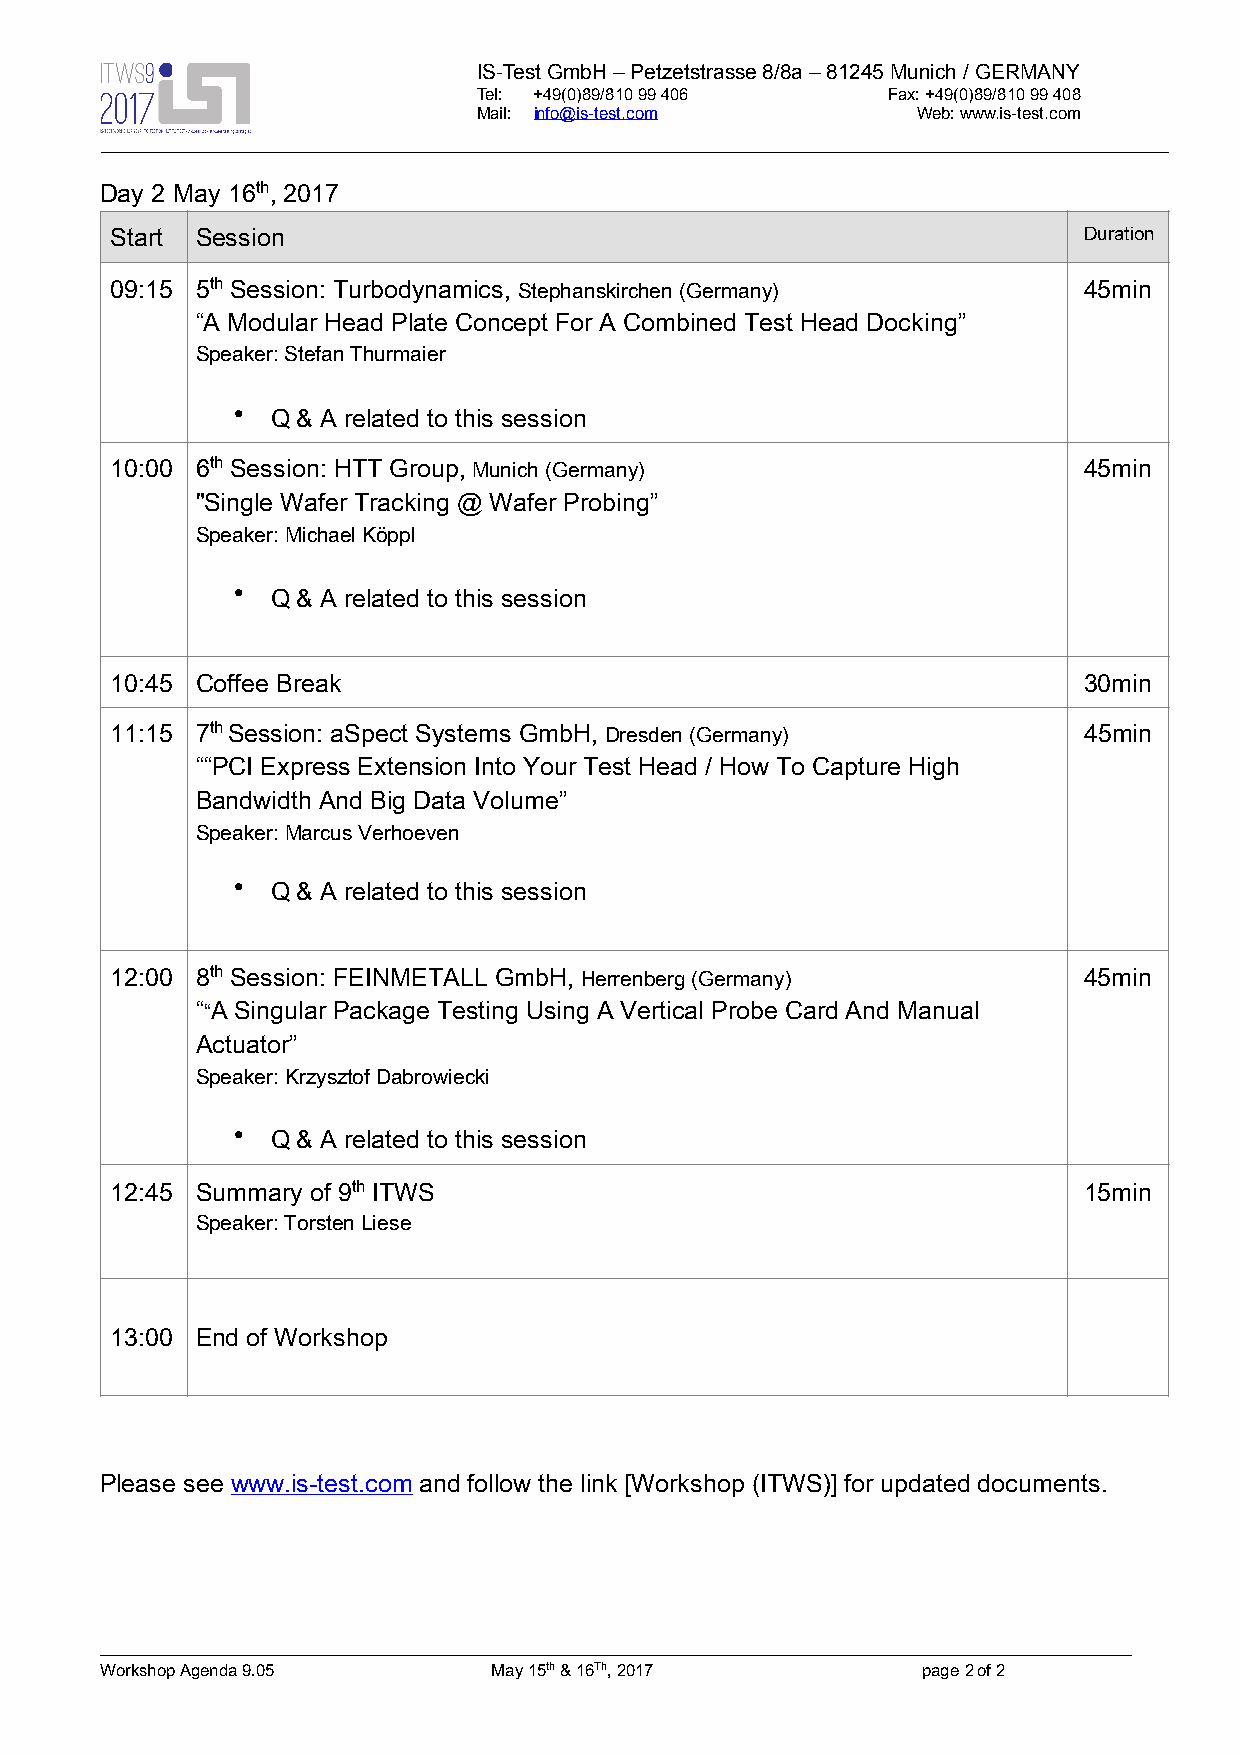
IS-Test GmbH – Petzetstrasse 8/8a – 81245 Munich / GERMANY
 Tel: +49(0)89/810 99 406   Fax: +49(0)89/810 99 408
 Mail: info@is-test.com       Web: www.is-test.com
 !
 Day 2 May 16th, 2017
 Start Session                                                    Duration
 09:15 5th Session: Turbodynamics, Stephanskirchen (Germany)      45min
 “A Modular Head Plate Concept For A Combined Test Head Docking”
 Speaker: Stefan Thurmaier
 •  Q & A related to this session
 10:00 6th Session: HTT Group, Munich (Germany)                   45min
 "Single Wafer Tracking @ Wafer Probing”
 Speaker: Michael Köppl
 •  Q & A related to this session
 10:45 Coffee Break                                               30min
 11:15 7th Session: aSpect Systems GmbH, Dresden (Germany)        45min
 ““PCI Express Extension Into Your Test Head / How To Capture High
 Bandwidth And Big Data Volume”
 Speaker: Marcus Verhoeven
 •  Q & A related to this session
 12:00 8th Session: FEINMETALL GmbH, Herrenberg (Germany)         45min
 ““A Singular Package Testing Using A Vertical Probe Card And Manual
 Actuator”
 Speaker: Krzysztof Dabrowiecki
 •  Q & A related to this session
 12:45 Summary of 9th ITWS                                        15min
 Speaker: Torsten Liese
 13:00 End of Workshop
 Please see www.is-test.com and follow the link [Workshop (ITWS)] for updated documents.
 Workshop Agenda 9.05      May 15th & 16Th, 2017       page 2 of 2